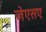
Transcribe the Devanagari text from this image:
जेएसएः